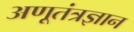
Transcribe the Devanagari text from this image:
अणूतंत्रज्ञान